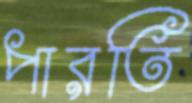
পারতি